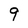
Character: 9